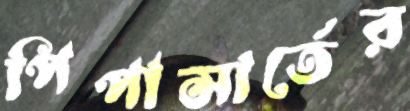
পিপাসার্তের